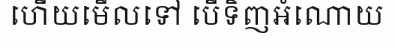
ហើយមើលទៅ បើទិញអំណោយ